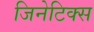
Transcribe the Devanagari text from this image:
जिनेटिक्स